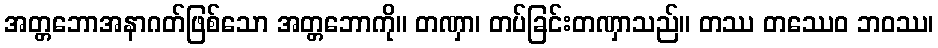
အတ္တဘောအနာဂတ်ဖြစ်သော အတ္တဘောကို။ တဏှာ၊ တပ်ခြင်းတဏှာသည်။ တဿ တဿေဝ ဘဝဿ၊